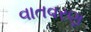
વાતવરણ